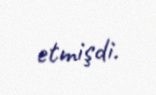
etmişdi.